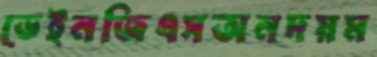
ড্রেইনজিএসঅনদয়ম